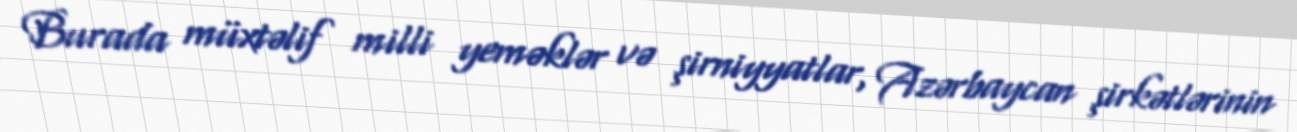
Burada müxtəlif milli yeməklər və şirniyyatlar, Azərbaycan şirkətlərinin